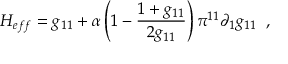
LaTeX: H _ { e f f } = g _ { 1 1 } + \alpha \left( 1 - \frac { 1 + g _ { 1 1 } } { 2 g _ { 1 1 } } \right) \pi ^ { 1 1 } \partial _ { 1 } g _ { 1 1 } \, \, \, ,